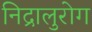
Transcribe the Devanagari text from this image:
निद्रालुरोग